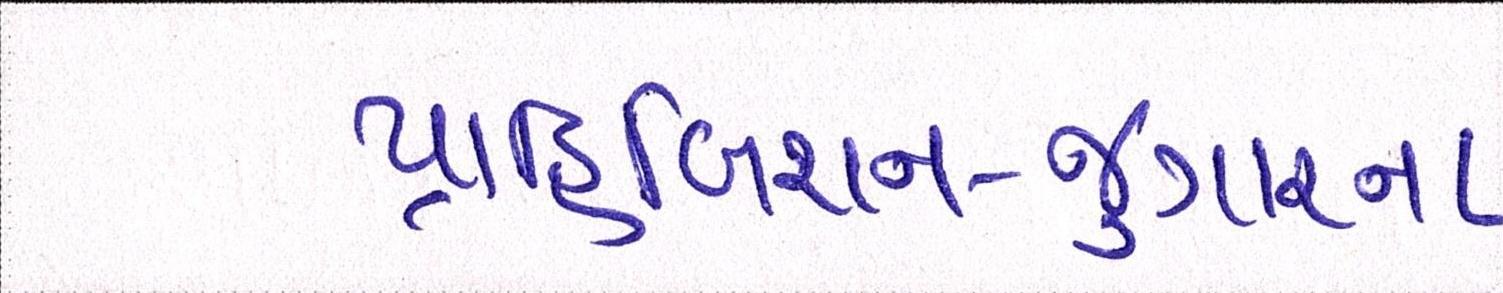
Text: પ્રાહિબિશન-જુગારના